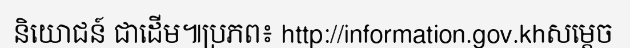
និយោជន៍ ជាដើម៕ប្រភព៖ http://information.gov.khសម្តេច